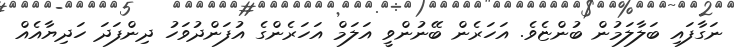
ނަގާފައި ބަލާލަމުން ބުންޏެވެ. އަހަރެން ބޭނުންވީ އަލަމް އަހަރެންގެ އުފަންދުވަހު ދިންފަދަ ހަދިޔާއެއް